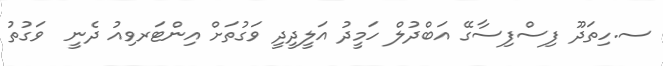
ސ.ހިތަދޫ ފިސްފިސާގޭ އަބްދުލް ހަމީދު އަލީދީދީ ވަގުތަށް އިންޓަރވިއު ދެނީ  ވަގުތު